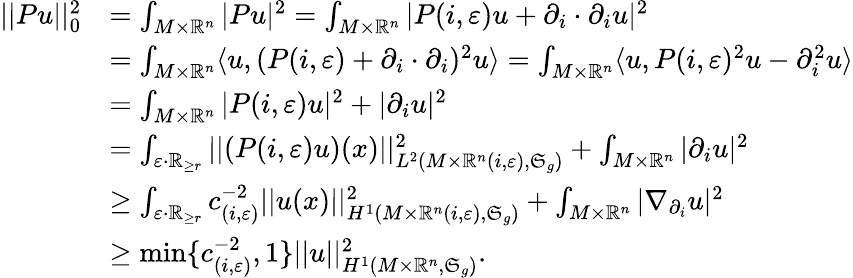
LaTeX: \begin{array}{rl}{||Pu||_{0}^{2}}&{=\int_{M\times\mathord{\mathbb{R}}^{n}}|Pu|^{2}=\int_{M\times\mathord{\mathbb{R}}^{n}}|P(i,\varepsilon)u+\partial_{i}\cdot\partial_{i}u|^{2}}\\ &{=\int_{M\times\mathord{\mathbb{R}}^{n}}\langle u,(P(i,\varepsilon)+\partial_{i}\cdot\partial_{i})^{2}u\rangle=\int_{M\times\mathord{\mathbb{R}}^{n}}\langle u,P(i,\varepsilon)^{2}u-\partial_{i}^{2}u\rangle}\\ &{=\int_{M\times\mathord{\mathbb{R}}^{n}}|P(i,\varepsilon)u|^{2}+|\partial_{i}u|^{2}}\\ &{=\int_{\varepsilon\cdot\mathord{\mathbb{R}}_{\geq r}}||(P(i,\varepsilon)u)(x)||_{L^{2}(M\times\mathord{\mathbb{R}}^{n}(i,\varepsilon),\mathfrak{S}_{g})}^{2}+\int_{M\times\mathord{\mathbb{R}}^{n}}|\partial_{i}u|^{2}}\\ &{\geq\int_{\varepsilon\cdot\mathord{\mathbb{R}}_{\geq r}}c_{(i,\varepsilon)}^{-2}||u(x)||_{H^{1}(M\times\mathord{\mathbb{R}}^{n}(i,\varepsilon),\mathfrak{S}_{g})}^{2}+\int_{M\times\mathord{\mathbb{R}}^{n}}|\nabla_{\partial_{i}}u|^{2}}\\ &{\geq\mathrm{min}\{ c_{(i,\varepsilon)}^{-2},1\} ||u||_{H^{1}(M\times\mathord{\mathbb{R}}^{n},\mathfrak{S}_{g})}^{2}.}\end{array}